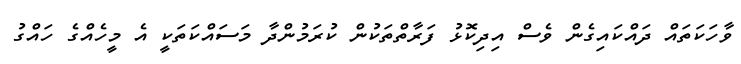
ވާހަކަތައް ދައްކައިގެން ވެސް އިދިކޮޅު ފަރާތްތަކުން ކުރަމުންދާ މަސައްކަތަކީ އެ މީހެއްގެ ހައްގު